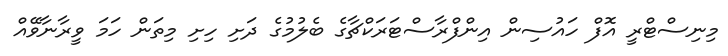
މިނިސްޓްރީ އޮފް ހައުސިން އިންފްރާސްޓަރަކްޗާގެ ބެލުމުގެ ދަށި ހިށި މިތަން ހަމަ ވީރާނާވޭއް